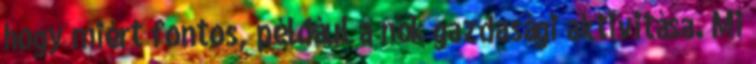
hogy miért fontos, például a nők gazdasági aktivitása. Mi